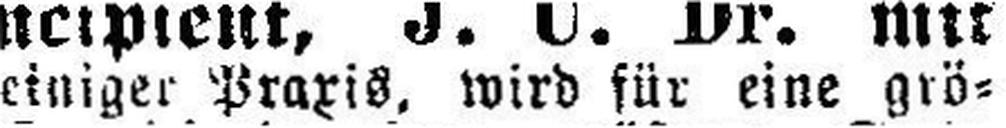
einiger Praxis, wird für eine grö¬